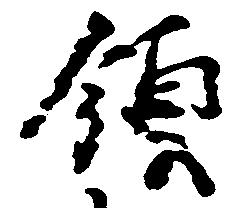
領